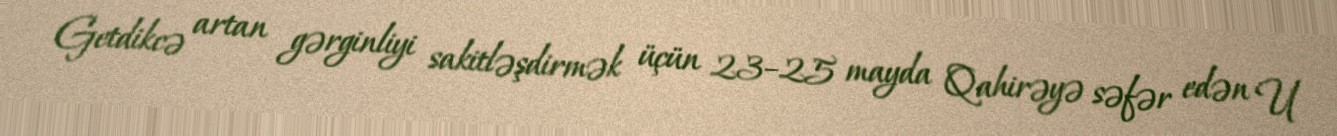
Getdikcə artan gərginliyi sakitləşdirmək üçün 23–25 mayda Qahirəyə səfər edən U